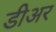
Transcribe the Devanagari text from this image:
डीअर